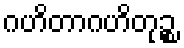
ဂဟိတာဂဟိတုဉ္စ